Civil Veterinary Dept. Bombay admin report 1900-1906 - 1900-1906
Year: 1900
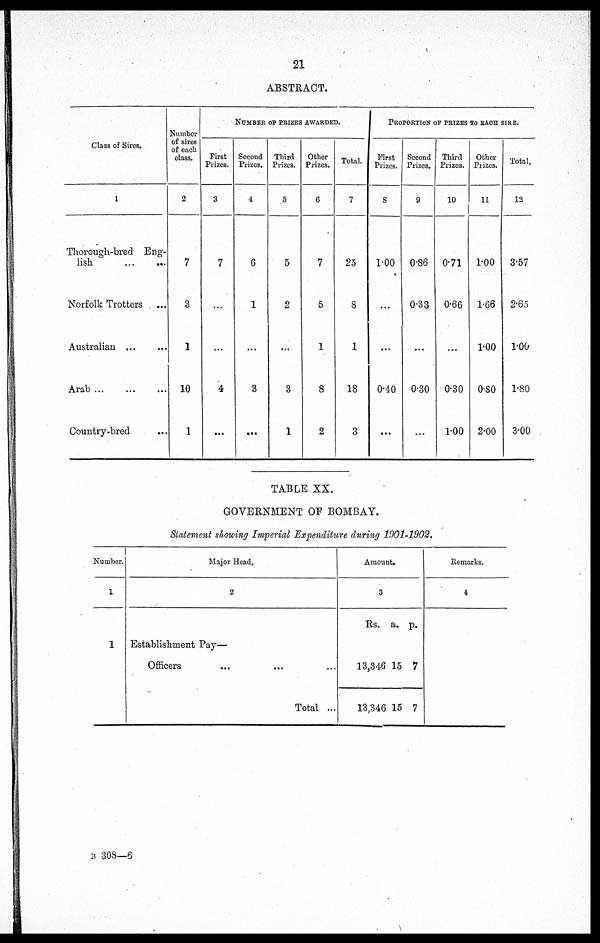
21
ABSTRACT.
Class of Sires.
1
Thorough-bred Eng-
lish
...
...
Norfolk Trotters
...
Australian
...
...
Arab
...
...
...
Country-bred ...
Number
of sires
of each
class.
2
7
3
1
10
1
NUMBER OF PRIZES AWARDED.
First
Prizes.
3
7
...
...
4
...
Second
Prizes.
4
6
1
...
3
...
Third
Prizes.
5
5
2
...
3
1
Other
Prizes.
6
7
5
1
8
2
Total
7
25
8
1
18
3
PROPORTION OF PRIZES TO EACH SIRE.
First
Prizes.
8
1.00
...
...
0.40
...
Second
Prizes.
9
0.86
0.33
...
0.30
...
Third
Prizes.
10
0.71
0.66
...
0.30
1.00
Other
Prizes.
11
1.00
1.66
1.00
0.80
2.00
Total
12
3.57
2.65
1.00
1.80
3.00
TABLE XX.
GOVERNMENT OF BOMBAY.
Statement showing Imperial Expenditure during 1901-1902.
Number.
1
1
Major Head.
2
Establishment Pay—
Officers
...
... ...
Total ...
Amount.
3
Rs. a. p.
13,346
13,346
15
15
7
7
Remarks.
4
B 308—6